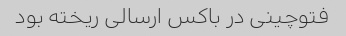
فتوچینی در باکس ارسالی ریخته بود